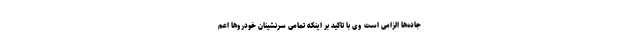
جاده‌ها الزامی است وی با تاکید بر اینکه تمامی سرنشینان خودروها اعم